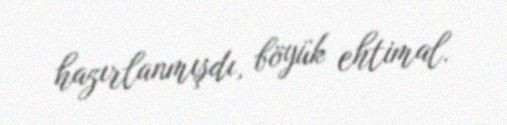
hazırlanmışdı, böyük ehtimal.